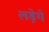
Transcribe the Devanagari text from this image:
लड़ेगे